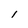
Character: i